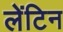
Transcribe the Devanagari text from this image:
लेंटिन